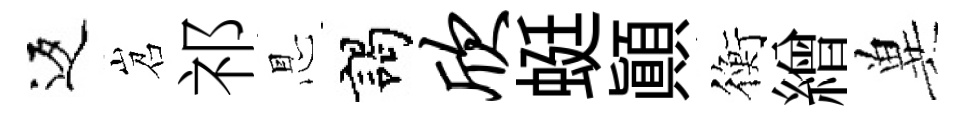
返岧祁㤙謁欣蜓顚衡繒兾